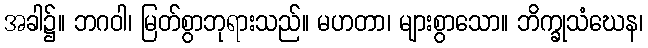
အခါ၌။ ဘဂဝါ၊ မြတ်စွာဘုရားသည်။ မဟတာ၊ များစွာသော။ ဘိက္ခုသံဃေန၊